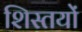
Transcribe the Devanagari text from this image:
शिस्तयों